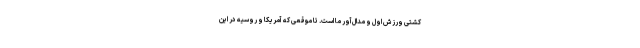
کشتی ورزش اول و مدال‌آور ما است. تا موقعی که آمریکا و روسیه در این